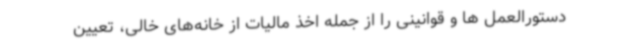
دستورالعمل ها و قوانینی را از جمله اخذ مالیات از خانه‌های خالی، تعیین